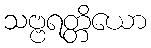
သဗ္ဗရတ္တိယော